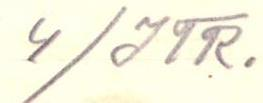
4/ITR.